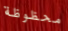
محظوظة